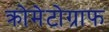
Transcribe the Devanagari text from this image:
क्रोमेटोग्राफ